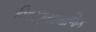
વિવરણસામાજિક